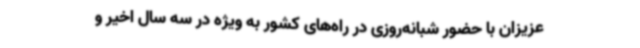
عزیزان با حضور شبانه‌روزی در راه‌های کشور به ویژه در سه سال اخیر و